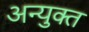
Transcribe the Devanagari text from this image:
अन्युक्त